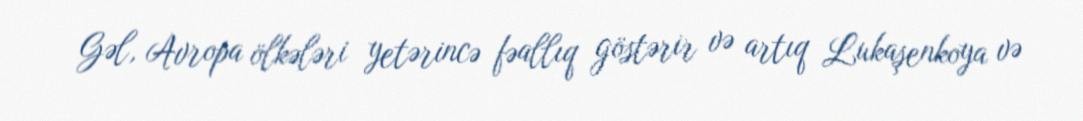
Gəl, Avropa ölkələri yetərincə fəallıq göstərir və artıq Lukaşenkoya və